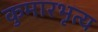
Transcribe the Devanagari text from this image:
कुमारभृत्य